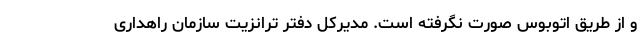
و از طریق اتوبوس صورت نگرفته است. مدیرکل دفتر ترانزیت سازمان راهداری